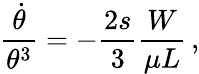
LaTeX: \frac{\dot{\theta}}{\theta^{3}}=-\frac{2s}{3}\frac{W}{\mu L}\, ,